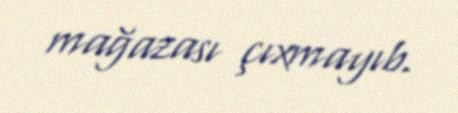
mağazası çıxmayıb.